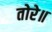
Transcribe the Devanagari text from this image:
तोरे॥